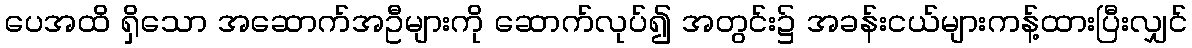
ပေအထိ ရှိသော အဆောက်အဦများကို ဆောက်လုပ်၍ အတွင်း၌ အခန်းငယ်များကန့်ထားပြီးလျှင်